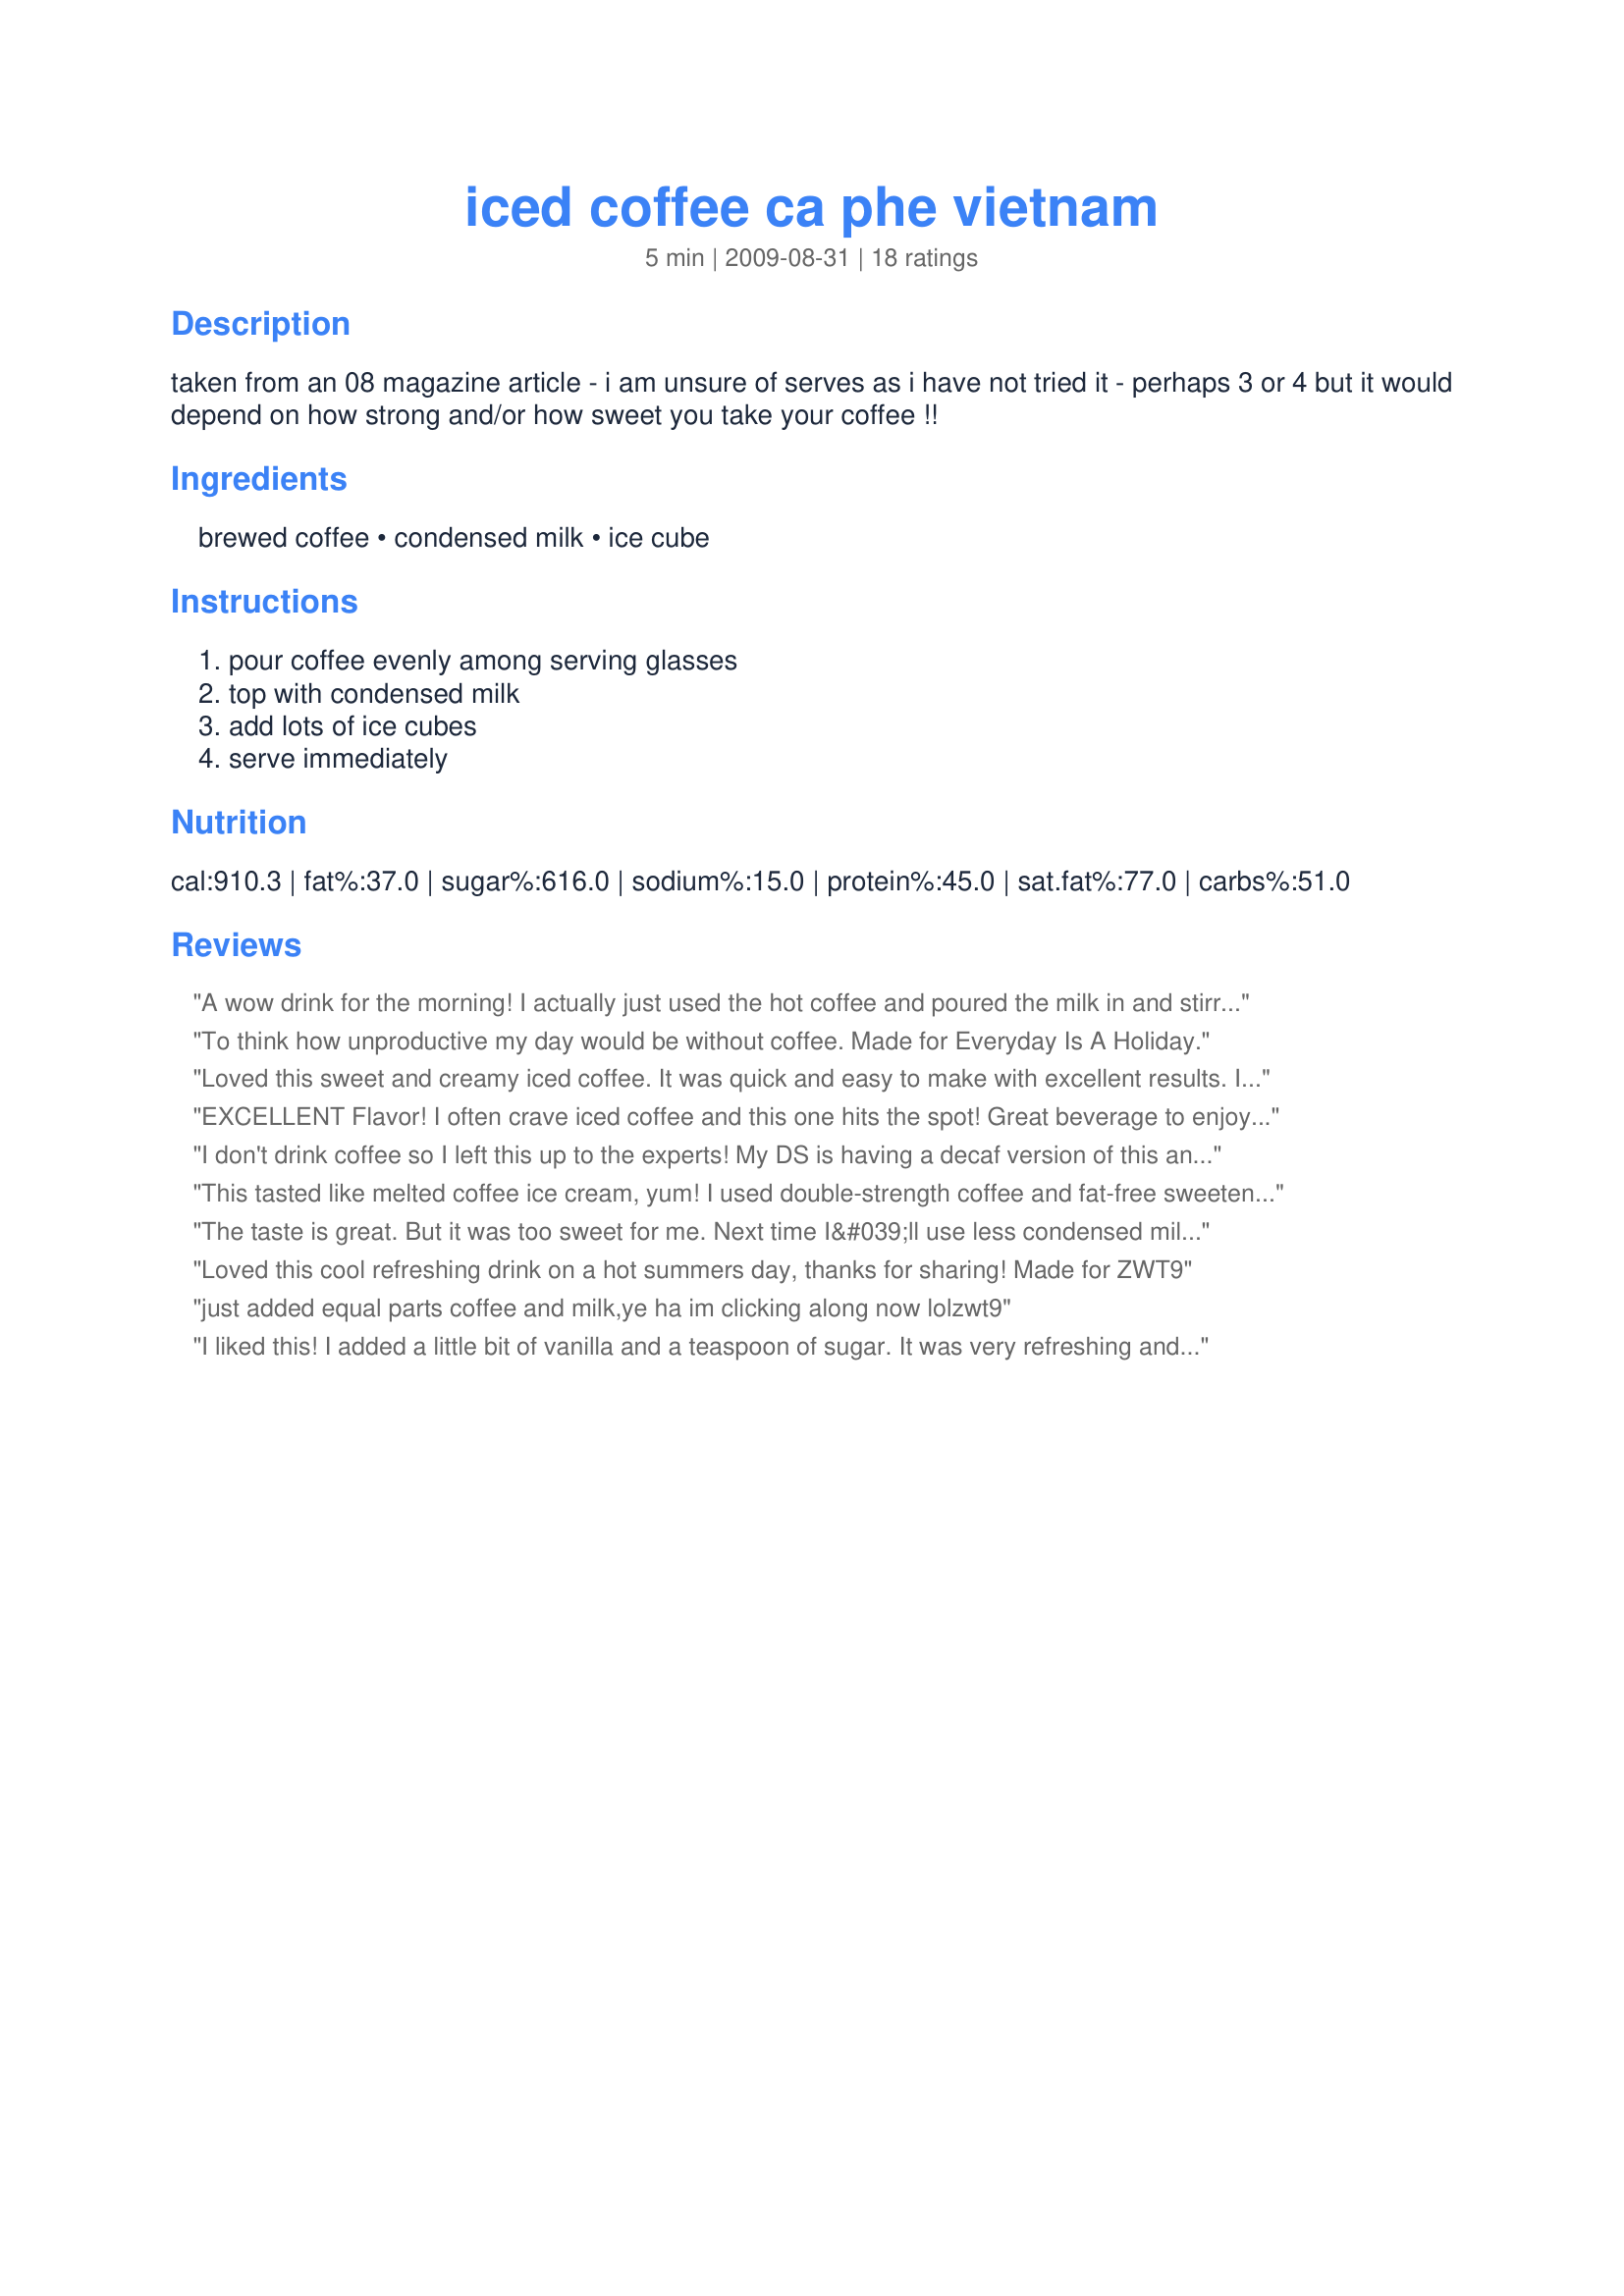
iced coffee ca phe vietnam
Preparation time: 5 minutes

taken from an 08 magazine article - i am unsure of serves as i have not tried it - perhaps 3 or 4 but it would depend on how strong and/or how sweet you take your coffee !!

Ingredients:
brewed coffee, condensed milk, ice cube

Steps:
pour coffee evenly among serving glasses, top with condensed milk, add lots of ice cubes, serve immediately

Reviews:
A wow drink for the morning! I actually just used the hot coffee and poured the milk in and stirred. It's good warm too! Thanks~ Made by a Looney Spoon Phoodie for ZWT#6.
To think how unproductive my day would be without coffee. Made for Everyday Is A Holiday.
Loved this sweet and creamy iced coffee. It was quick and easy to make with excellent results. I used a nice bold coffee for a wonderful latte flavor. Thanks for sharing your treat Katew.
EXCELLENT Flavor! I often crave iced coffee and this one hits the spot! Great beverage to enjoy and relax with after a long day. Quick and easy preparation! Prepared as a participant in the Sept 2009 New Kids on the Block Tag Game.
I don't drink coffee so I left this up to the experts! My DS is having a decaf version of this and is thoroughly enjoying it! I'd way rather serve him this low fat decaf version than a $5 cup from the coffee shop! From the sip I had, it tasted pretty darn good to me too! I made this for Holiday tag. Thanks katew! :)
This tasted like melted coffee ice cream, yum! I used double-strength coffee and fat-free sweetened condensed milk. It's definitely richer than the iced coffee I usually drink. I like my coffee sweet and fairly milky, but you definitely need strong coffee to cut the sweetness of the condensed milk here. I think I got more of a dessert vibe off of this, rather than morning coffee, but it's all good. I bet this would be amazing with some different flavored coffees, too. Thanks for posting! :) Made for The Queens of Quisine for ZWT6 Asia
The taste is great. But it was too sweet for me. Next time I&#039;ll use less condensed milk. Thanks Kate :) Made for ZWT9
Loved this cool refreshing drink on a hot summers day, thanks for sharing! Made for ZWT9
just added equal parts coffee and milk,ye ha im clicking along now lolzwt9
I liked this! I added a little bit of vanilla and a teaspoon of sugar. It was very refreshing and so easy to make. Thanks for sharing. Made for ZWT 6.
What a great way to treat myself on a warm summer morning as I am running out the door to work. Very Yummy, thanks for the post.
This is wonderful!! My DH doesn't care for cold coffe, but he loved this. I added some unsweetened cocoa to a smaller portion- very good! Thank you so much!! Made for Xtra Hot Dishes- ZWT6-Asia.
Yummy, creamy and simple. I used heavy cream instead of evaporated milk.
Simple and simply delicious pretty much covers it. Enjoy this anytime your in the mood or offer it to your guests after dinner, this will always be welcomed.
Easy and oh so delicious on a hot day! We loved this and will make it often, thanks for posting! Made for ZWT 6 :)
Awesome - just the pick me up I needed with a little one that isn&#039;t sleeping! Made with instant espresso and sweetened condensed milk. Made for ZWT 9
This is delicious but I had to &#039;read&#039; quite a bit into the recipe. First of all, I made the coffee VERY strong. I drink a lot of iced coffee (popular in hot Greece) and know that I have to make it triple-strength because, as soon as you add the ice, it becomes quite diluted. Also, the recipe calls for &#039;condensed&#039; milk (which I think of as &#039;evaporated&#039;) but I think it might mean &#039;sweetened&#039; condensed milk, from similar Vietnamese recipes I&#039;ve seen. Sweetened condensed is what I used, to taste.
Yummy treat on a hot day! I used my own home made vegan condensed milk, and it was a wonderfully creamy drink. Thanks for sharing!&lt;br/&gt;Made for ZWT 9 Family Picks for The Apron String Travelers
